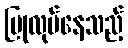
ပြုလုပ်နေသည့်